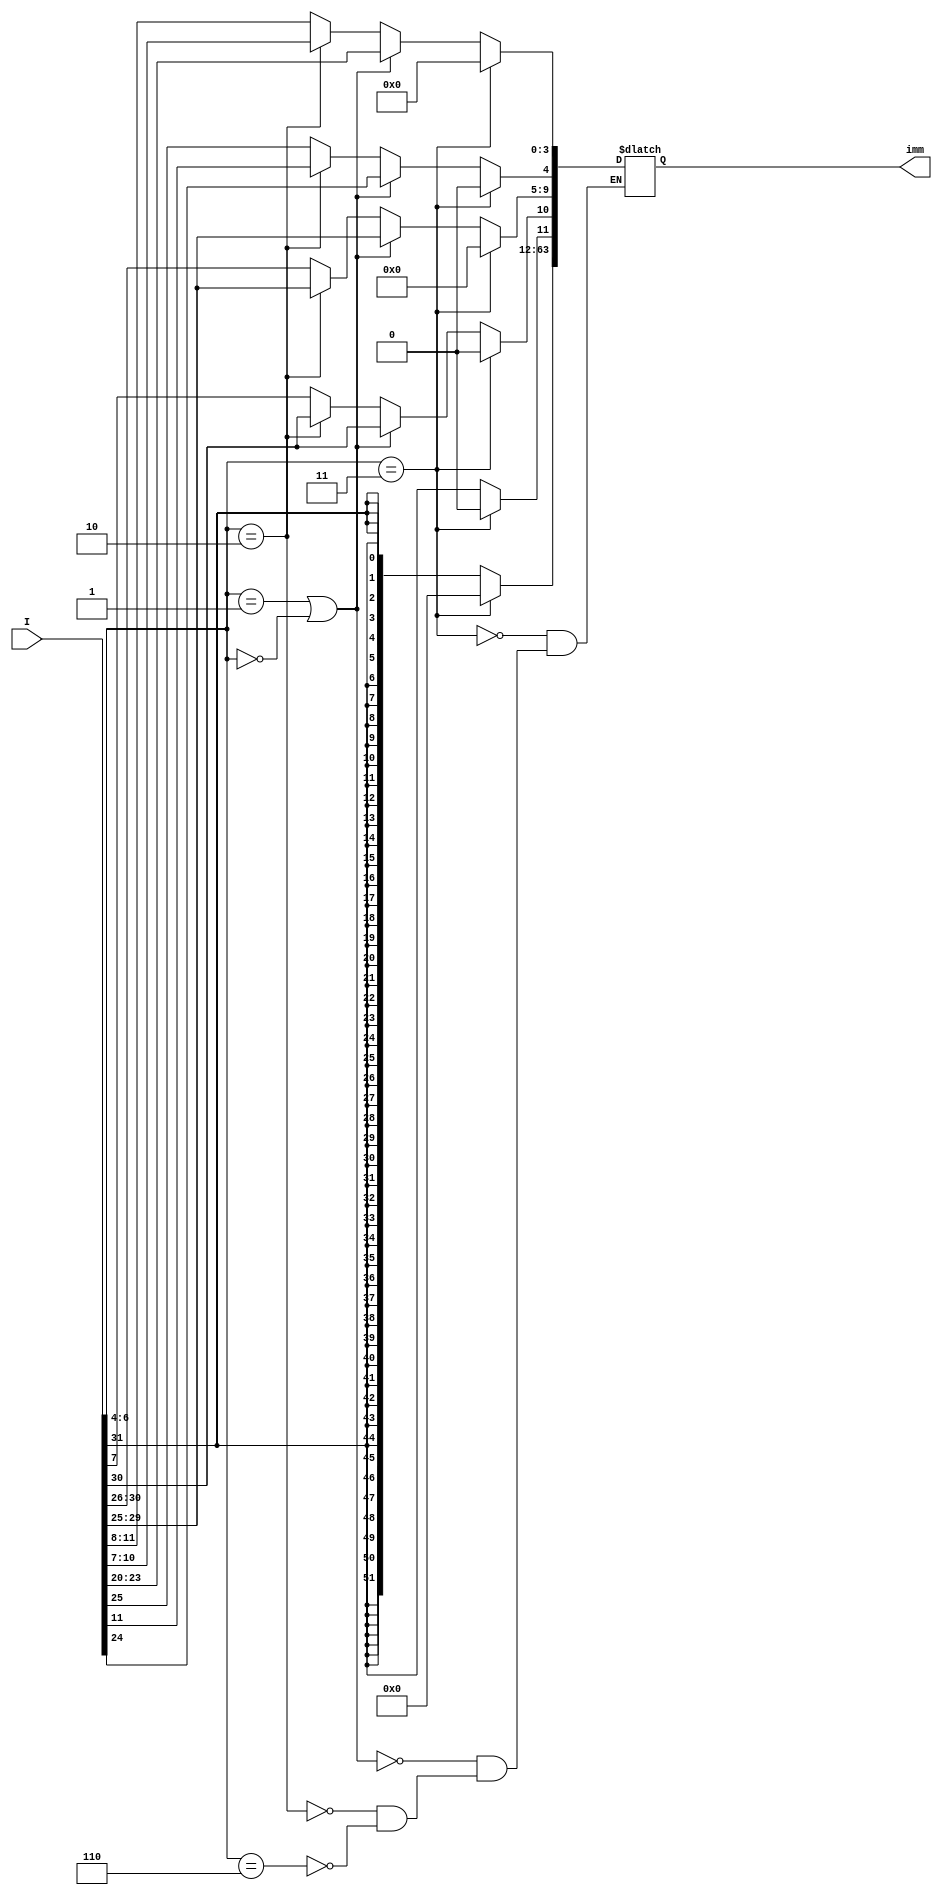
`timescale 1ns / 1ps
//////////////////////////////////////////////////////////////////////////////////
// Company: 
// Engineer: 
// 
// Design Name: 
// Module Name:    Imm_Gen 
// Project Name: 
// Target Devices: 
// Tool versions: 
// Description: 
//
// Dependencies: 
//
// Revision: 
// Revision 0.01 - File Created
// Additional Comments: 
//
//////////////////////////////////////////////////////////////////////////////////
module Imm_Gen(
    output reg [63:0] imm,
    input [31:0] I
    );
	 
	 always @(*)
	 begin
		if( I[6:4] == 3'b011 )
		begin
			imm[63:0] <= {64{1'b0}};
		end
		else if( I[6:4] == 3'b001 || I[6:4] == 3'b000)
		begin
			imm[11:0] <= I[31:20];
			imm[63:12] <= {52{I[31]}};
		end
		else if( I[6:4] == 3'b010 )
		begin
			imm[4:0] <= I[11:7];
			imm[11:5] <= I[31:25];
			imm[63:12] <= {52{I[31]}};
		end
		else if( I[6:4] == 3'b110 )
		begin
			imm[3:0] <= I[11:8];
			imm[9:4] <= I[30:25];
			imm[10] <= I[7];
			imm[63:11] <= {53{I[31]}};
		end
	 end


endmodule